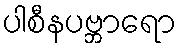
ပါစီနပဗ္ဘာရော